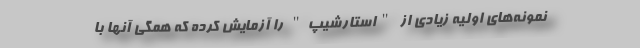
نمونه‌های اولیه زیادی از "استارشیپ" را آزمایش کرده که همگی آنها با